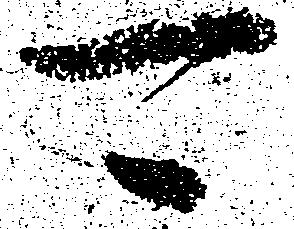
可